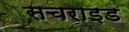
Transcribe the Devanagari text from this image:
सचराइड